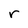
Character: r